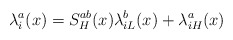
\begin{align*}\lambda_i^a(x)=S_H^{ab}(x)\lambda_{iL}^b(x)+\lambda_{iH}^a(x)\end{align*}